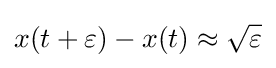
x(t+\varepsilon )-x(t)\approx {\sqrt {\varepsilon }}